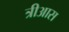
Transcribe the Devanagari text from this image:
त्रीआस